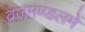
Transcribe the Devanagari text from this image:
व्रजमण्डलमें